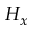
H _ { x }